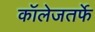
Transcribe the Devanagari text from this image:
कॉलेजतर्फे